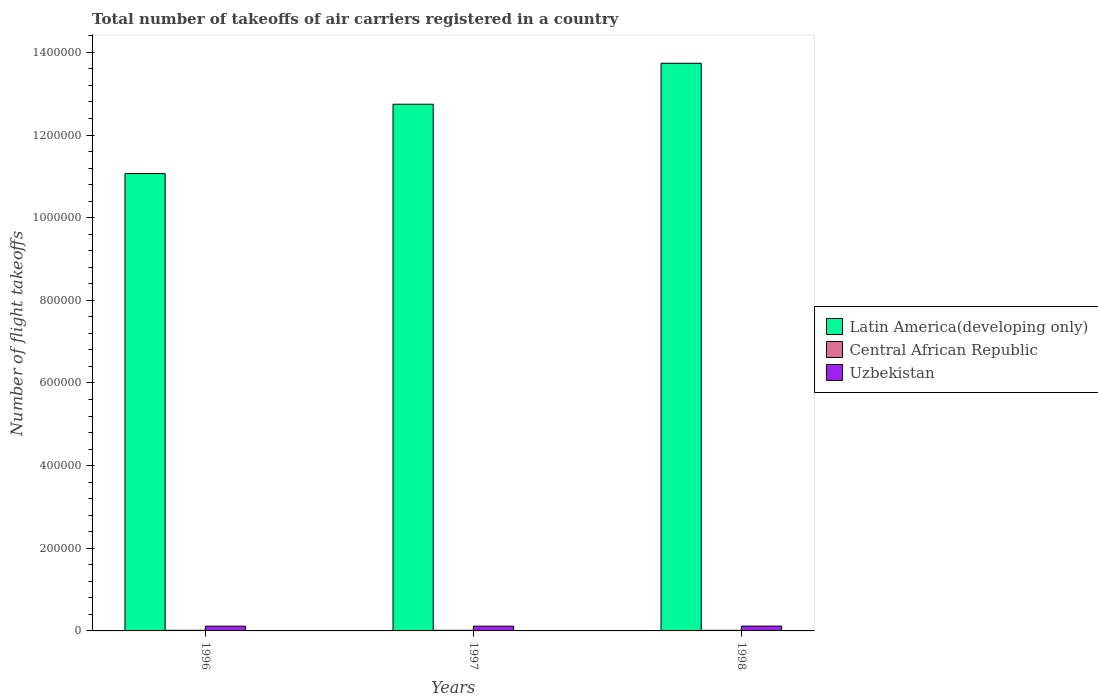
| Years | Latin America(developing only) | Central African Republic | Uzbekistan |
 | --- | --- | --- | --- |
 | 1996 | 1.11e+06 | 1.5e+03 | 1.15e+04 |
 | 1997 | 1.27e+06 | 1.5e+03 | 1.15e+04 |
 | 1998 | 1.37e+06 | 1.5e+03 | 1.17e+04 |